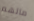
مالهم